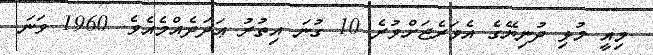
މިއީ މުޅި ދުނިޔޭގެ އެވަރެޖަށްވުރެ 10 ގުނަ އިތުރު ޢަދަދެއްމެއެވެ. 1960 ވަނަ